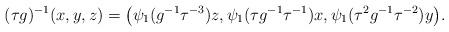
LaTeX: \begin{align*}(\tau g)^{-1}(x,y,z)=\big( \psi_1( g^{-1} \tau^{-3})z,\psi_1(\tau g^{-1} \tau^{-1})x,\psi_1(\tau^2 g^{-1} \tau^{-2}) y \big).\end{align*}